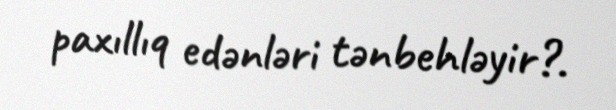
paxıllıq edənləri tənbehləyir?.